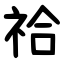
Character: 祫